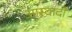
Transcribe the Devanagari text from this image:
आस्वादों